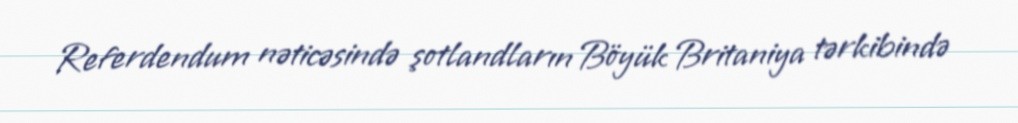
Referdendum nəticəsində şotlandların Böyük Britaniya tərkibində